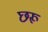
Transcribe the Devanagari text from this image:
छरू